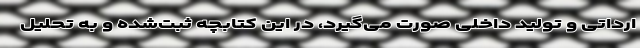
ارداتی و تولید داخلی صورت می‌گیرد، در این کتابچه ثبت‌شده و به تحلیل